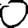
Digit: 0